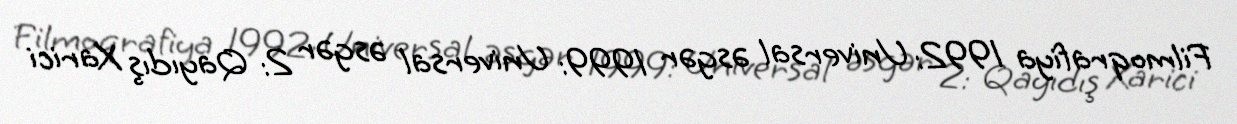
Filmoqrafiya 1992: Universal əsgər 1999: Universal əsgər 2: Qayıdış Xarici